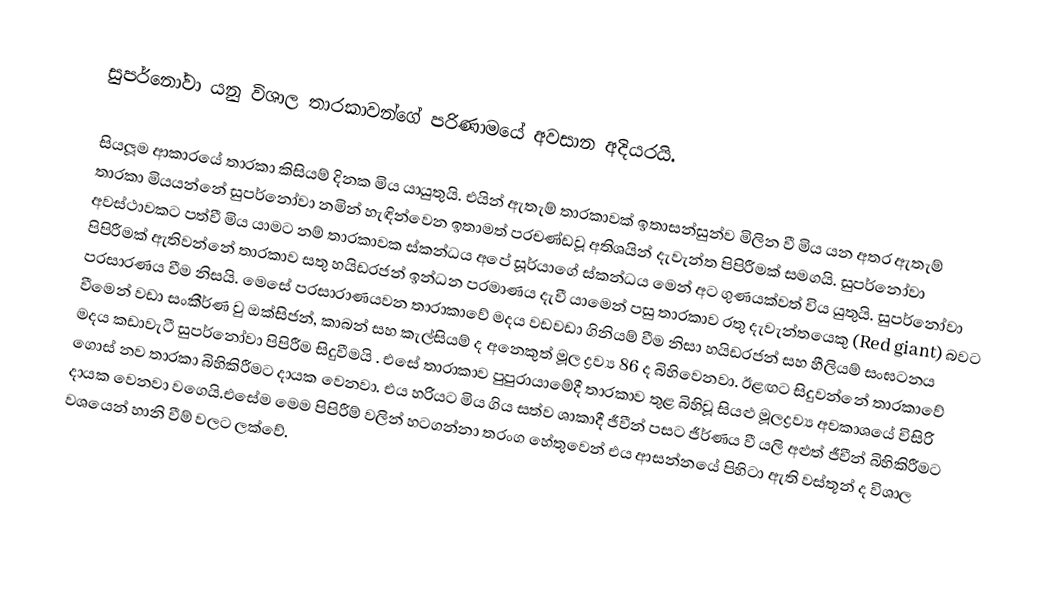
සුපර්නෝවා යනු විශාල තාරකාවන්ගේ පරිණාමයේ අවසාන අදියරයි.

සියලූම ආකාරයේ තාරකා කිසියම් දිනක මිය යායුතුයි. එයින් ඇතැම් තාරකාවක් ඉතාසන්සුන්ව මිලින වී මිය යන අතර ඇතැම් තාරකා මියයන්නේ සුපර්නෝවා නමින් හැඳින්වෙන ඉතාමත් ප‍්‍රචණ්ඩවූ අතිශයින් දැවැන්ත පිපිරීමක් සමගයි. සුපර්නෝවා අවස්ථාවකට පත්වී මිය යාමට නම් තාරකාවක ස්කන්ධය අපේ සූර්යාගේ ස්කන්ධය මෙන් අට ගුණයක්වත් විය යුතුයි. සුපර්නෝවා පිපිරීමක් ඇතිවන්නේ තාරකාව සතු හයිඩ‍්‍රජන් ඉන්ධන ප‍්‍රමාණය දැවී යාමෙන් පසු තාරකාව රතු දැවැන්තයෙකු (Red giant) බවට ප‍්‍රසාරණය වීම නිසයි. මෙසේ ප‍්‍රසාරාණයවන තාරාකාවේ මදය වඩවඩා ගිනියම් වීම නිසා හයිඩ‍්‍රජන් සහ හීලියම් සංඝටනය වීමෙන් වඩා සංකීර්ණ වු ඔක්සිජන්, කාබන් සහ කැල්සියම් ද අනෙකුත් මූල ද්‍රව්‍ය 86 ද බිහිවෙනවා. ඊළඟට සිදුවන්නේ තාරකාවේ මදය කඩාවැටී සුපර්නෝවා පිපිරීම සිදුවීමයි . එසේ තාරාකාව පුපුරායාමේදී තාරකාව තුළ බිහිවූ සියළු මූලද්‍රව්‍ය අවකාශයේ විසිරි ගොස් නව තාරකා බිහිකිරීමට දායක වෙනවා. එය හරියට මිය ගිය සත්ව ශාකාදී ජීවීන් පසට ජීර්ණය වී යලි අළුත් ජීවීන් බිහිකිරීමට දායක වෙනවා වගෙයි.එසේම මෙම පිපිරීම් වලින් හටගන්නා තරංග හේතුවෙන් එය ආසන්නයේ පිහිටා ඇති වස්තූන් ද විශාල වශයෙන් හානි වීම් වලට ලක්වේ.